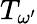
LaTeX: T_{\omega^{\prime}}